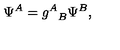
\Psi ^ { A } = { g ^ { A } } _ { B } \Psi ^ { B } ,